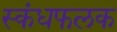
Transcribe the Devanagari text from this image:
स्कंधफलक